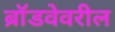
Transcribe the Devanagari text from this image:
ब्रॉडवेवरील